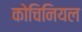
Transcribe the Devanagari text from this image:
कोचिनियल